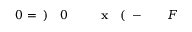
F \! \! \! \! \! \! \! \! \! \! \! \! ^ { \! } \! \! \! \! \! \! \! \! \! \! \! - \! \! \! \! \! \! \! \! \! \! \! \! ( \! \! \! \! \! \! \! \! \! \! \! \! \mathbf { x } \! \! \! \! \! \! \! \! \! \! \! \! _ { \! } \! \! \! \! \! \! \! \! \! \! \! 0 \! \! \! \! \! \! \! \! \! \! \! \! ) \! \! \! \! \! \! \! \! \! \! \! \! = \! \! \! \! \! \! \! \! \! \! \! \! 0 \! \! \! \! \! \! \! \! \! \! \!